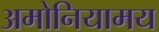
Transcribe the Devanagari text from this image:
अमोनियामय